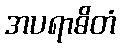
အပရာဓိတံ